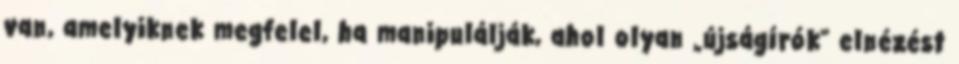
van, amelyiknek megfelel, ha manipulálják, ahol olyan „újságírók” elnézést